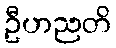
ဦဟညတိ